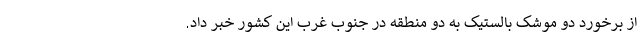
از برخورد دو موشک بالستیک به دو منطقه در جنوب غرب این کشور خبر داد.